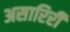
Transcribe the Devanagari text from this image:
असारिरी